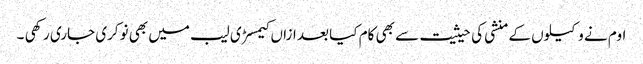
اوم نے وکیلوں کے منشی کی حیثیت سے بھی کام کیا بعد ازاں کیمسڑی لیب میں بھی نوکری جاری رکھی ۔